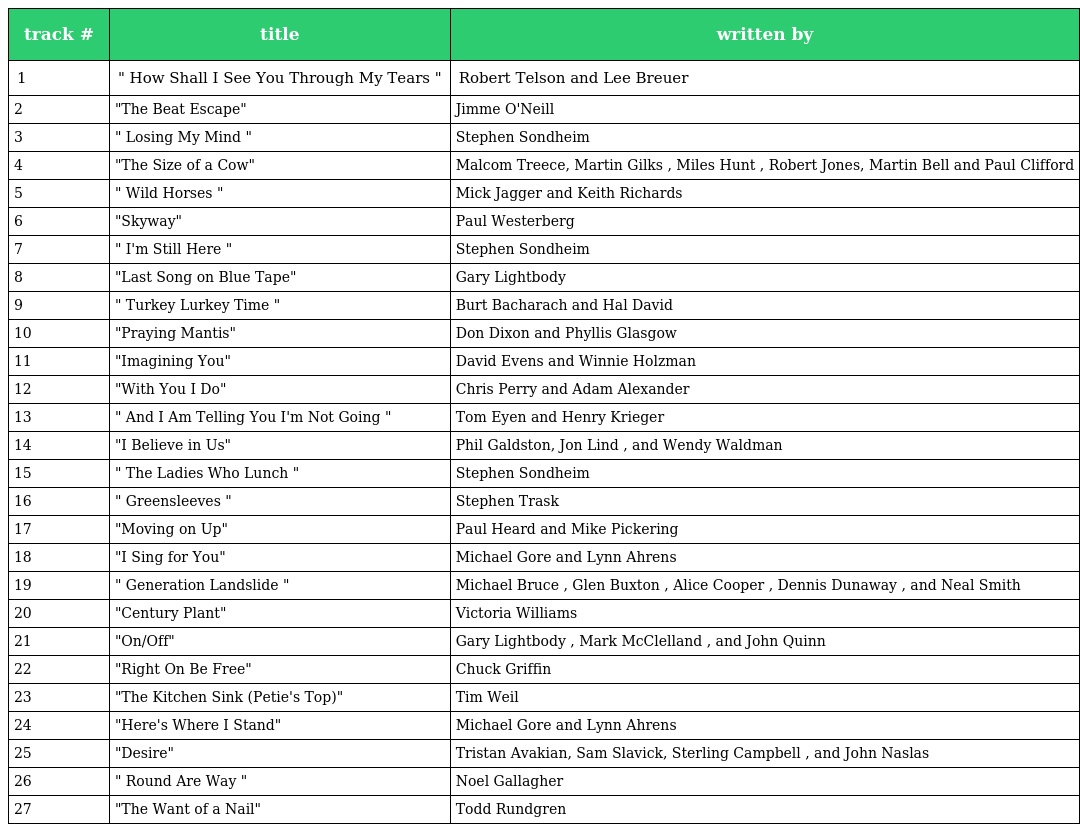
| track # | title | written by |
 | --- | --- | --- |
 | 1 | " How Shall I See You Through My Tears " | Robert Telson and Lee Breuer |
 | 2 | "The Beat Escape" | Jimme O'Neill |
 | 3 | " Losing My Mind " | Stephen Sondheim |
 | 4 | "The Size of a Cow" | Malcom Treece, Martin Gilks , Miles Hunt , Robert Jones, Martin Bell and Paul Clifford |
 | 5 | " Wild Horses " | Mick Jagger and Keith Richards |
 | 6 | "Skyway" | Paul Westerberg |
 | 7 | " I'm Still Here " | Stephen Sondheim |
 | 8 | "Last Song on Blue Tape" | Gary Lightbody |
 | 9 | " Turkey Lurkey Time " | Burt Bacharach and Hal David |
 | 10 | "Praying Mantis" | Don Dixon and Phyllis Glasgow |
 | 11 | "Imagining You" | David Evens and Winnie Holzman |
 | 12 | "With You I Do" | Chris Perry and Adam Alexander |
 | 13 | " And I Am Telling You I'm Not Going " | Tom Eyen and Henry Krieger |
 | 14 | "I Believe in Us" | Phil Galdston, Jon Lind , and Wendy Waldman |
 | 15 | " The Ladies Who Lunch " | Stephen Sondheim |
 | 16 | " Greensleeves " | Stephen Trask |
 | 17 | "Moving on Up" | Paul Heard and Mike Pickering |
 | 18 | "I Sing for You" | Michael Gore and Lynn Ahrens |
 | 19 | " Generation Landslide " | Michael Bruce , Glen Buxton , Alice Cooper , Dennis Dunaway , and Neal Smith |
 | 20 | "Century Plant" | Victoria Williams |
 | 21 | "On/Off" | Gary Lightbody , Mark McClelland , and John Quinn |
 | 22 | "Right On Be Free" | Chuck Griffin |
 | 23 | "The Kitchen Sink (Petie's Top)" | Tim Weil |
 | 24 | "Here's Where I Stand" | Michael Gore and Lynn Ahrens |
 | 25 | "Desire" | Tristan Avakian, Sam Slavick, Sterling Campbell , and John Naslas |
 | 26 | " Round Are Way " | Noel Gallagher |
 | 27 | "The Want of a Nail" | Todd Rundgren |